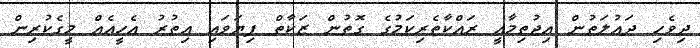
ދިވެހި ދައުލަތުން އިޖުތިމާއީ ރައްކާތެރިކަމުގެ ގޮތުން ޒަކާތް ފިޔަވައި އިތުރު އެހީއެއް މީގެކުރިން